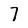
Character: 7